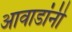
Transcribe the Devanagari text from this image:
आवाडांनी